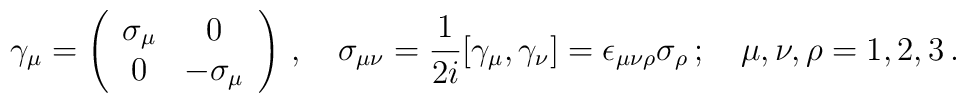
\gamma_{\mu}=\left(\begin{array}{cc}\sigma_{\mu}&0\\0&-\sigma_{\mu}\end{array}\right)\,,\quad\sigma_{\mu\nu}={1\over2i}[\gamma_{\mu},\gamma_{\nu}]=\epsilon_{\mu\nu\rho}\sigma_{\rho}\,;\quad\mu,\nu,\rho=1,2,3\,.